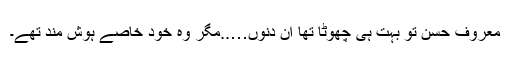
معروف حسن تو بہت ہی چھوٹا تھا ان دنوں…..مگر وہ خود خاصے ہوش مند تھے۔